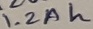
Text: 1.2Ah